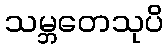
သမ္ဘတေသုပိ